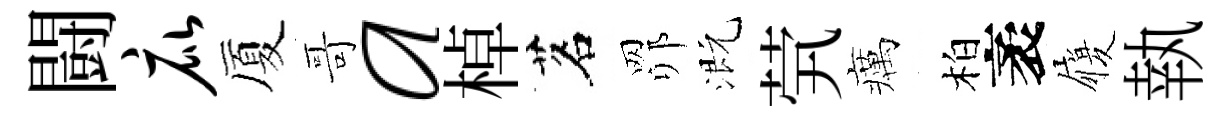
闘庇厦哥a棹茗𦊑溉茕癘柏袤履執